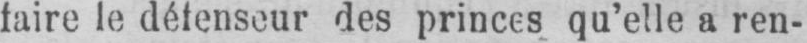
faire le défenseur des princes qu’elle a ren-